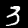
Digit: 3